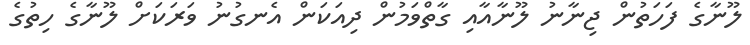
ލޫނާގެ ފަހަތުން ޖިނާނު ލޫނާއާއި ގާތްވަމުން ދިއަކަން އެނގުނު ވަރަކަށް ލޫނާގެ ހިތުގެ